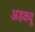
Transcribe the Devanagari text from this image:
अडकवू